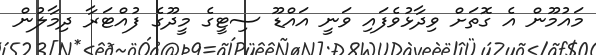
މައުމޫން އެ ގޮތަށް ވިދާޅުވެފައި ވަނީ އައްޑޫ ސިޓީގެ މީދޫގެ ފުއްޓަރާ ދިމާލުން